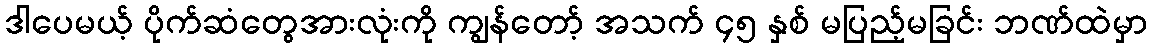
ဒါပေမယ့် ပိုက်ဆံတွေအားလုံးကို ကျွန်တော့် အသက် ၄၅ နှစ် မပြည့်မခြင်း ဘဏ်ထဲမှာ